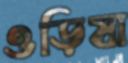
ওড়িষা